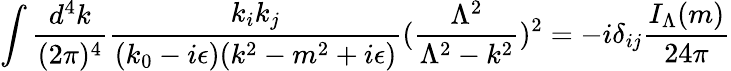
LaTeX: \int{\frac{d^{4}k}{(2\pi)^{4}}}{\frac{k_{i}k_{j}}{(k_{0}-i\epsilon)(k^{2}-m^{2}+i\epsilon)}}({\frac{\Lambda^{2}}{\Lambda^{2}-k^{2}}})^{2}=-i\delta_{ij}{\frac{I_{\Lambda}(m)}{24\pi}}